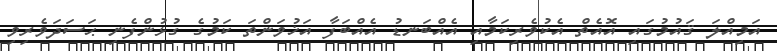
އަމިއްލަ ޤައުމުގައި އޮއެތް އެކުވެރިކަމާއި އެއްބަނޑު އެއްބަފާ އަޚުވަންތަ ކަމުގެ ގުޅުންފެނި ޙަސަދަވެރިވި